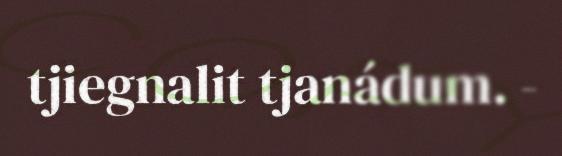
tjiegnalit tjanádum. -